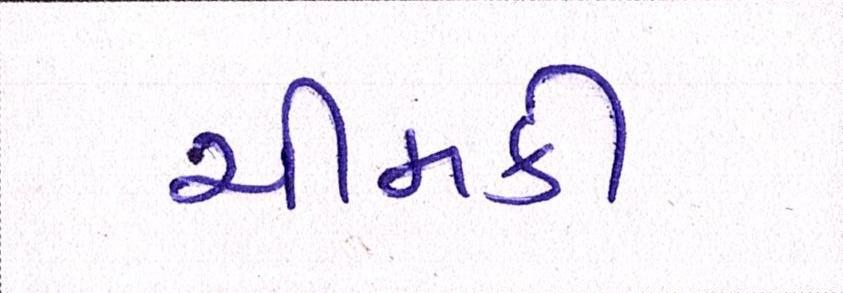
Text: ચીમકી